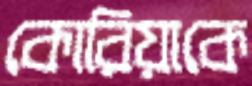
কোরিয়াকে